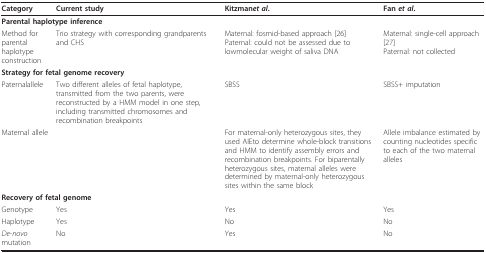
<table><thead><tr><td><b>Category</b></td><td><b>Current study</b></td><td><b>Kitzman<i>et al</i>.</b></td><td><b>Fan <i>et al</i>.</b></td></tr></thead><tbody><tr><td colspan="4"><b>Parental haplotype inference</b></td></tr><tr><td>Method for parental haplotype construction</td><td>Trio strategy with corresponding grandparents and CHS</td><td>Maternal: fosmid-based approach [26]Paternal: could not be assessed due to lowmolecular weight of saliva DNA</td><td>Maternal: single-cell approach [27]Paternal: not collected</td></tr><tr><td colspan="4"><b>Strategy for fetal genome recovery</b></td></tr><tr><td>Paternalallele</td><td>Two different alleles of fetal haplotype, transmitted from the two parents, were reconstructed by a HMM model in one step, including transmitted chromosomes and recombination breakpoints</td><td>SBSS</td><td>SBSS+ imputation</td></tr><tr><td>Maternal allele</td><td></td><td>For maternal-only heterozygous sites, they used AIEto determine whole-block transitions and HMM to identify assembly errors and recombination breakpoints. For biparentally heterozygous sites, maternal alleles were determined by maternal-only heterozygous sites within the same block</td><td>Allele imbalance estimated by counting nucleotides specific to each of the two maternal alleles</td></tr><tr><td colspan="4"><b>Recovery of fetal genome</b></td></tr><tr><td>Genotype</td><td>Yes</td><td>Yes</td><td>Yes</td></tr><tr><td>Haplotype</td><td>Yes</td><td>No</td><td>No</td></tr><tr><td><i>De-novo </i>mutation</td><td>No</td><td>Yes</td><td>No</td></tr></tbody></table>